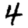
Digit: 4